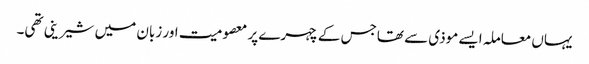
یہاں معاملہ ایسے موذی سے تھاجس کے چہرے پر معصومیت اور زبان میں شیرینی تھی۔